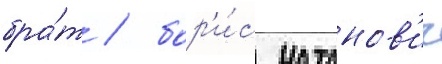
бра́т / бор'и́с натанов'ич